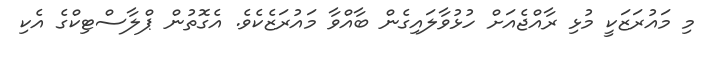
މި މައުރަޒަކީ މުޅި ރާއްޖެއަށް ހުޅުވާލައިގެން ބާއްވާ މައުރަޒެކެވެ. އެގޮތުން ޕްލާސްޓިކްގެ އެކި